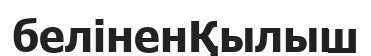
беліненҚылыш